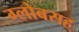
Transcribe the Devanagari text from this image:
ग्लोबसह